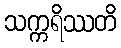
သက္ကရိဿတိ